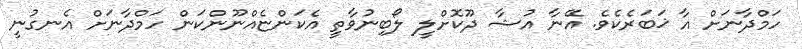
ހަމްދާނަށް އާ ޚަބަރެކެވެ. އޭނާ އުޝާ ދޫކޮށްލީ ލޯބިނުވާތީ އެކަންޏެއްނޫންކަން ހަމްދާނަށް އެނގުނީ